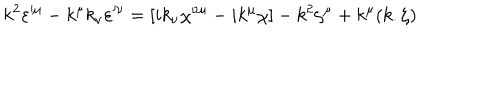
LaTeX: k ^ { 2 } \varepsilon ^ { \mu } - k ^ { \mu } k _ { \nu } \varepsilon ^ { \nu } = [ i k _ { \nu } \chi ^ { \nu \mu } - i k ^ { \mu } \chi ] - k ^ { 2 } \zeta ^ { \mu } + k ^ { \mu } ( k . \zeta )